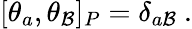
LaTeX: [\theta_{a},\theta_{\mathcal{B}}]_{P}=\delta_{a\mathcal{B}}\ .